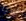
هيا